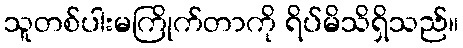
သူတစ်ပါးမကြိုက်တာကို ရိပ်မိသိရှိသည်။